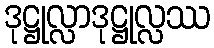
ဒုဋ္ဌုလ္လာဒုဋ္ဌုလ္လဿ